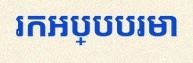
រកអប្បបរមា